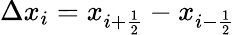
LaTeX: \Delta x_{i}=x_{i+{\frac{1}{2}}}-x_{i-{\frac{1}{2}}}